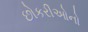
છોકરીઓનો